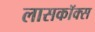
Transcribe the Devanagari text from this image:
लासकॉक्स